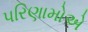
પરિણામોએ